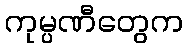
ကုမ္ပဏီတွေက